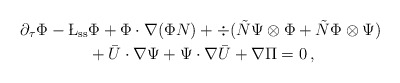
\begin{align*} \partial_\tau \Phi -\L_{\rm ss} &\Phi + \Phi \cdot \nabla (\Phi N) + \div ( \tilde{N} \Psi \otimes \Phi + \tilde{N} \Phi \otimes \Psi) \\ & + \bar{U} \cdot \nabla \Psi + \Psi \cdot \nabla \bar{U}+ \nabla \Pi =0\, , \end{align*}